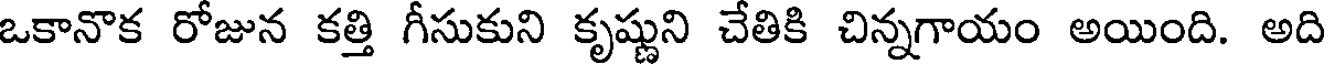
ఒకానొక రోజున కత్తి గీసుకుని కృష్ణుని చేతికి చిన్నగాయం అయింది. అది